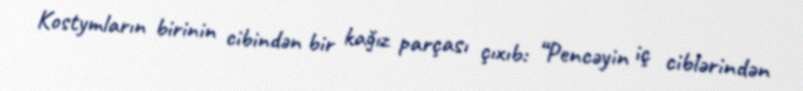
Kostymların birinin cibindən bir kağız parçası çıxıb: “Pencəyin iç ciblərindən